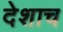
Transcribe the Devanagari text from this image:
देशाच